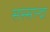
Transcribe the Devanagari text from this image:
सस्सान्द्रा